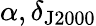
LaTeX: \alpha,\delta_{\mathrm{J2000}}